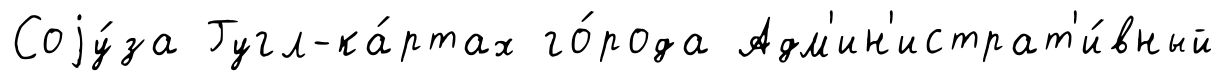
Соjу́за Гугл-ка́ртах го́рода Адм'ин'истрат'и́вный